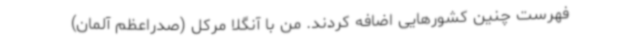
فهرست چنین کشورهایی اضافه کردند. من با آنگلا مرکل (صدراعظم آلمان)